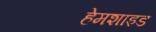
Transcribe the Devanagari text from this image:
हेमशाइड